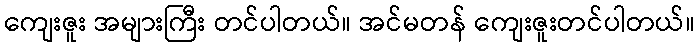
ကျေးဇူး အများကြီး တင်ပါတယ်။ အင်မတန် ကျေးဇူးတင်ပါတယ်။